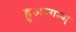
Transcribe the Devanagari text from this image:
हुअन्गन्ग